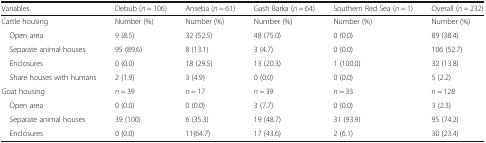
<table><thead><tr><td><b>Variables</b></td><td><b>Debub (<i>n</i> = 106)</b></td><td><b>Anseba (<i>n</i> = 61)</b></td><td><b>Gash Barka (<i>n</i> = 64)</b></td><td><b>Southern Red Sea (<i>n</i> = 1)</b></td><td><b>Overall (<i>n</i> = 232)</b></td></tr></thead><tbody><tr><td>Cattle housing</td><td>Number (%)</td><td>Number (%)</td><td>Number (%)</td><td>Number (%)</td><td>Number (%)</td></tr><tr><td> Open area</td><td>9 (8.5)</td><td>32 (52.5)</td><td>48 (75.0)</td><td>0 (0.0)</td><td>89 (38.4)</td></tr><tr><td> Separate animal houses</td><td>95 (89.6)</td><td>8 (13.1)</td><td>3 (4.7)</td><td>0 (0.0)</td><td>106 (52.7)</td></tr><tr><td> Enclosures</td><td>0 (0.0)</td><td>18 (29.5)</td><td>13 (20.3)</td><td>1 (100.0)</td><td>32 (13.8)</td></tr><tr><td> Share houses with humans</td><td>2 (1.9)</td><td>3 (4.9)</td><td>0 (0.0)</td><td>0 (0.0)</td><td>5 (2.2)</td></tr><tr><td>Goat housing</td><td><i>n</i> = 39</td><td><i>n</i> = 17</td><td><i>n</i> = 39</td><td><i>n</i> = 33</td><td><i>n</i> = 128</td></tr><tr><td> Open area</td><td>0 (0.0)</td><td>0 (0.0)</td><td>3 (7.7)</td><td>0 (0.0)</td><td>3 (2.3)</td></tr><tr><td> Separate animal houses</td><td>39 (100)</td><td>6 (35.3)</td><td>19 (48.7)</td><td>31 (93.9)</td><td>95 (74.2)</td></tr><tr><td> Enclosures</td><td>0 (0.0)</td><td>11(64.7)</td><td>17 (43.6)</td><td>2 (6.1)</td><td>30 (23.4)</td></tr></tbody></table>